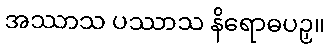
အဿာသ ပဿာသ နိရောဓပဉှ။